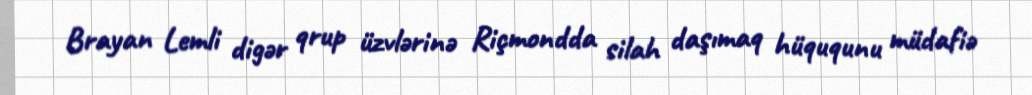
Brayan Lemli digər qrup üzvlərinə Riçmondda silah daşımaq hüququnu müdafiə